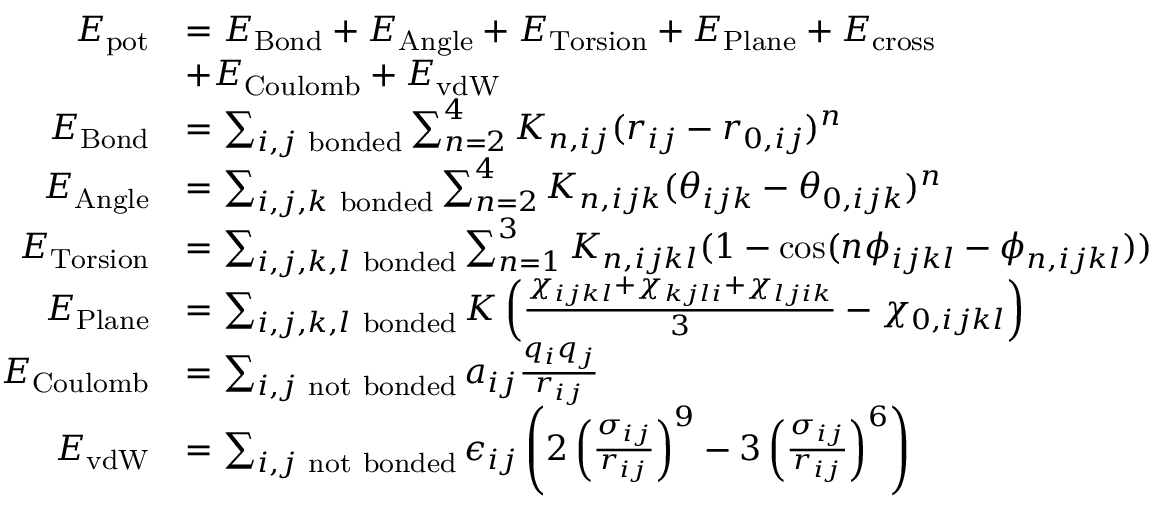
\begin{array} { r l } { E _ { \mathrm { p o t } } } & { = E _ { \mathrm { B o n d } } + E _ { \mathrm { A n g l e } } + E _ { \mathrm { T o r s i o n } } + E _ { \mathrm { P l a n e } } + E _ { \mathrm { c r o s s } } } \\ & { + E _ { \mathrm { C o u l o m b } } + E _ { \mathrm { v d W } } } \\ { E _ { \mathrm { B o n d } } } & { = \sum _ { i , j \mathrm { ~ b o n d e d } } \sum _ { n = 2 } ^ { 4 } K _ { n , i j } ( r _ { i j } - r _ { 0 , i j } ) ^ { n } } \\ { E _ { \mathrm { A n g l e } } } & { = \sum _ { i , j , k \mathrm { ~ b o n d e d } } \sum _ { n = 2 } ^ { 4 } K _ { n , i j k } ( \theta _ { i j k } - \theta _ { 0 , i j k } ) ^ { n } } \\ { E _ { \mathrm { T o r s i o n } } } & { = \sum _ { i , j , k , l \mathrm { ~ b o n d e d } } \sum _ { n = 1 } ^ { 3 } K _ { n , i j k l } ( 1 - \cos ( n \phi _ { i j k l } - \phi _ { n , i j k l } ) ) } \\ { E _ { \mathrm { P l a n e } } } & { = \sum _ { i , j , k , l \mathrm { ~ b o n d e d } } K \left( \frac { \chi _ { i j k l } + \chi _ { k j l i } + \chi _ { l j i k } } { 3 } - \chi _ { 0 , i j k l } \right) } \\ { E _ { \mathrm { C o u l o m b } } } & { = \sum _ { i , j \mathrm { ~ n o t ~ b o n d e d } } a _ { i j } \frac { q _ { i } q _ { j } } { r _ { i j } } } \\ { E _ { \mathrm { v d W } } } & { = \sum _ { i , j \mathrm { ~ n o t ~ b o n d e d } } \epsilon _ { i j } \left( 2 \left( \frac { \sigma _ { i j } } { r _ { i j } } \right) ^ { 9 } - 3 \left( \frac { \sigma _ { i j } } { r _ { i j } } \right) ^ { 6 } \right) } \end{array}